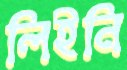
লিইনি